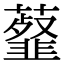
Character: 𧂊